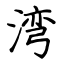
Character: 湾